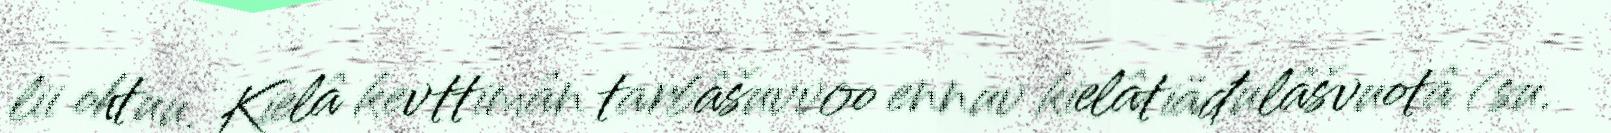
lii ohtuu. Kielâ kevttimân tarbâšuvvoo ennuv kielâtiäđulâšvuotâ (su.